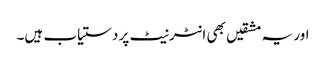
اور یہ مشقیں بھی انٹرنیٹ پر دستیاب ہیں۔